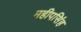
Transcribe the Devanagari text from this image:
महीपसिंह